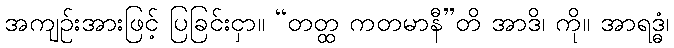
အကျဉ်းအားဖြင့် ပြခြင်းငှာ။ “တတ္ထ ကတမာနီ”တိ အာဒိ၊ ကို။ အာရဒ္ဓံ၊